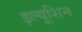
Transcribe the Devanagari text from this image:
इल्यूशिन